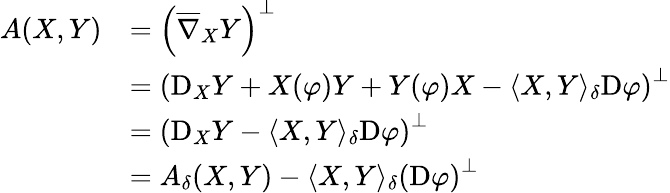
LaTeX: \begin{array}{rl}{A(X,Y)}&{=\left(\overline{\nabla}_{X}Y\right)^{\perp}}\\ &{=\left(\mathrm D_{X}Y+X(\varphi)Y+Y(\varphi)X-\langle X,Y\rangle_{\delta}\mathrm D\varphi\right)^{\perp}}\\ &{=\left(\mathrm D_{X}Y-\langle X,Y\rangle_{\delta}\mathrm D\varphi\right)^{\perp}}\\ &{=A_{\delta}(X,Y)-\langle X,Y\rangle_{\delta}\left(\mathrm D\varphi\right)^{\perp}}\end{array}